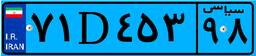
۶۲D۹۴۲۷۰